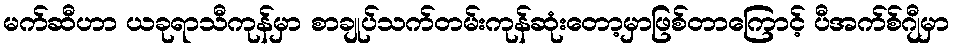
မက်ဆီဟာ ယခုရာသီကုန်မှာ စာချုပ်သက်တမ်းကုန်ဆုံးတော့မှာဖြစ်တာကြောင့် ပီအက်စ်ဂျီမှာ